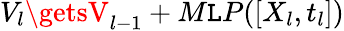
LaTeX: V_{l}\getsV_{l-1}+M\mathtt{L}P(\left[X_{l},t_{l}\right])